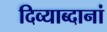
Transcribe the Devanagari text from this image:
दिव्याब्दानां